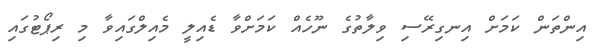
އިންތަން ކަމަށް އިނގިރޭސި ވިލާތުގެ ނޫހެއް ކަމަށްވާ ޑެއިލީ މެއިލްގައިވާ މި ރިޕޯޓުގައި